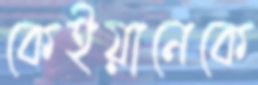
কেইয়ানেকে